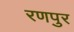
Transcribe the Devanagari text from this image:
रणपुर